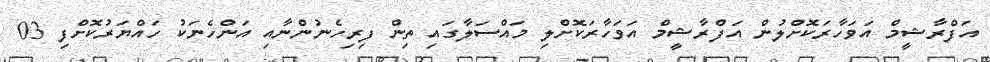
އަފްރާޝީމް އަވަހާރަކޮށްލުން އަފްރާޝީމް އަވަހާރަކޮށްލި މައްސަލާގައި ތިން ފިރިހެނުންނާއި އަންހެނަކު ހައްޔަރުކޮށްފި 03